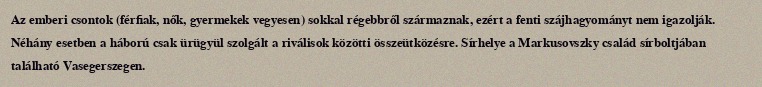
Az emberi csontok (férfiak, nők, gyermekek vegyesen) sokkal régebbről származnak, ezért a fenti szájhagyományt nem igazolják. Néhány esetben a háború csak ürügyül szolgált a riválisok közötti összeütközésre. Sírhelye a Markusovszky család sírboltjában található Vasegerszegen.